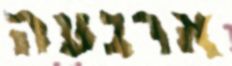
ארגעה